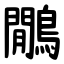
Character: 鷳